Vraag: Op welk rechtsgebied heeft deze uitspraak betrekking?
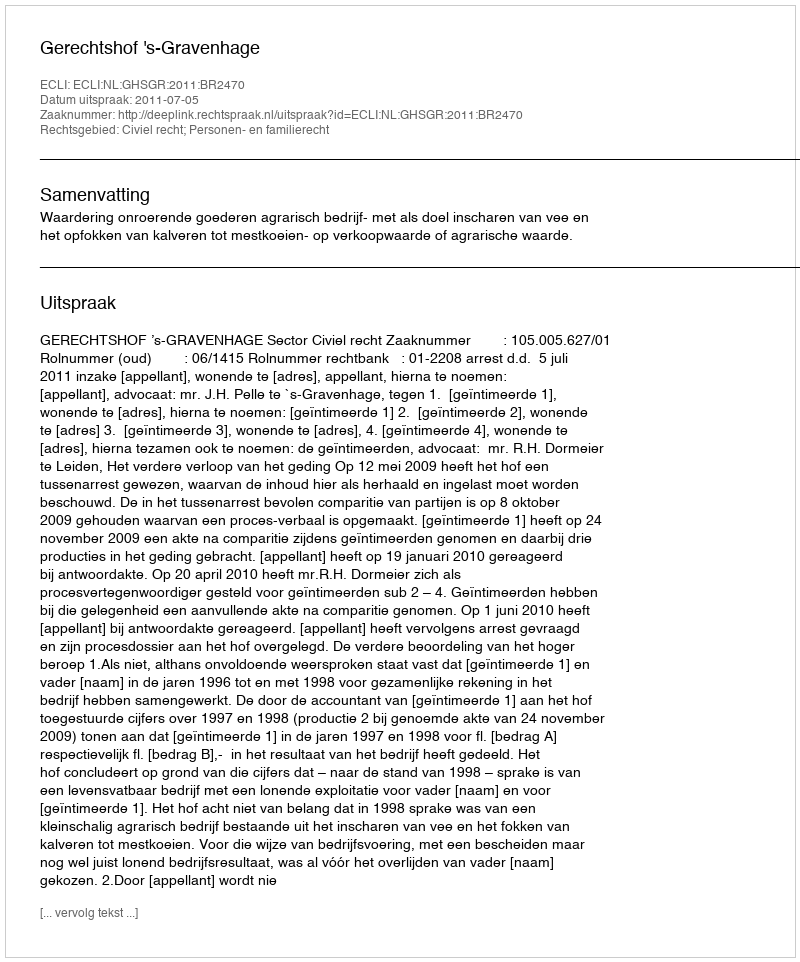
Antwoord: Civiel recht; Personen- en familierecht